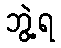
ဘွဲ့ရ